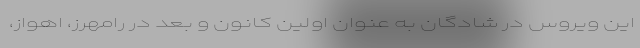
این ویروس در شادگان به عنوان اولین کانون و بعد در رامهرز، اهواز،